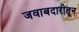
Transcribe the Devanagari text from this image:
जवाबदारीतून